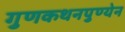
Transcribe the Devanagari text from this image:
गुणकथनपुण्येन